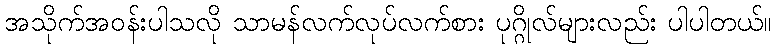
အသိုက်အဝန်းပါသလို သာမန်လက်လုပ်လက်စား ပုဂ္ဂိုလ်များလည်း ပါပါတယ်။